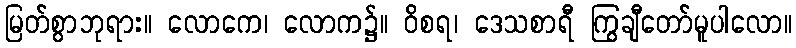
မြတ်စွာဘုရား။ လောကေ၊ လောက၌။ ဝိစရ၊ ဒေသစာရီ ကြွချီတော်မူပါလော။